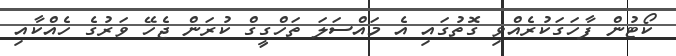
ކޯޓުން ފާހަގަކުރެއްވި ގޮތުގައި އެ މައްސަލަ ތަހްގީގް ކުރަން ޖެހޭ ވަރުގެ ހެއްކާއި